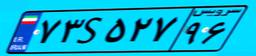
۷۱S۶۹۵۷۶